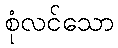
စုံလင်သော